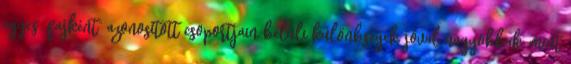
egyes „fajként” azonosított csoportjain belüli különbségek jóval nagyobbak, mint